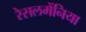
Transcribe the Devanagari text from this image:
रेसलमेंनिया